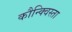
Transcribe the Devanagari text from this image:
कौन्क्विस्ता